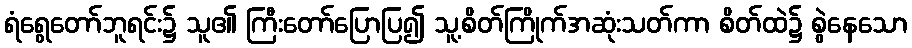
ရံရွေတော်ဘူရင်း၌ သူ၏ ကြီးတော်ပြောပြ၍ သူ့စိတ်ကြိုက်အဆုံးသတ်ကာ စိတ်ထဲ၌ စွဲနေသော